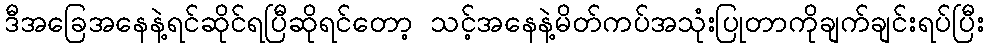
ဒီအခြေအနေနဲ့ရင်ဆိုင်ရပြီဆိုရင်တော့ သင့်အနေနဲ့မိတ်ကပ်အသုံးပြုတာကိုချက်ချင်းရပ်ပြီး